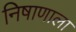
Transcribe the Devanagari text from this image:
निषाणाला